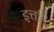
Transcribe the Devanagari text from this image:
इत्तगि